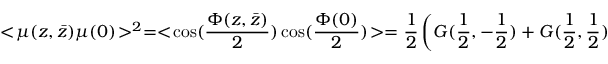
< \! \mu ( z , \bar { z } ) \mu ( 0 ) \! > ^ { 2 } = < \! \cos ( { \frac { \Phi ( z , \bar { z } ) } { 2 } } ) \cos ( { \frac { \Phi ( 0 ) } { 2 } } ) \! > = { \frac { 1 } { 2 } } \left( G ( { \frac { 1 } { 2 } } , - { \frac { 1 } { 2 } } ) + G ( { \frac { 1 } { 2 } } , { \frac { 1 } { 2 } } ) \right) ,